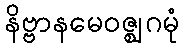
နိဗ္ဗာနမေဝဇ္ဈဂမုံ